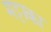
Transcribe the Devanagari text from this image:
मट्टाका